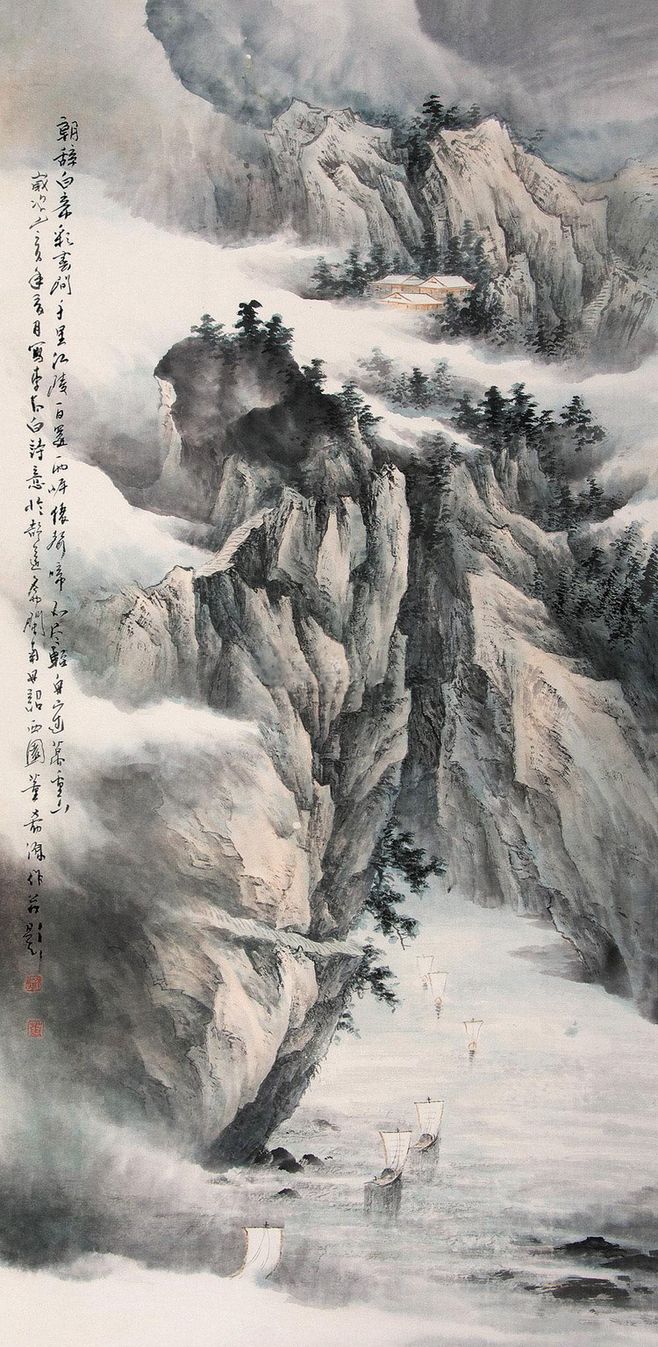
朝辞白帝彩云间，千里江陵一日还。